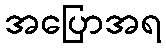
အပြောအရ